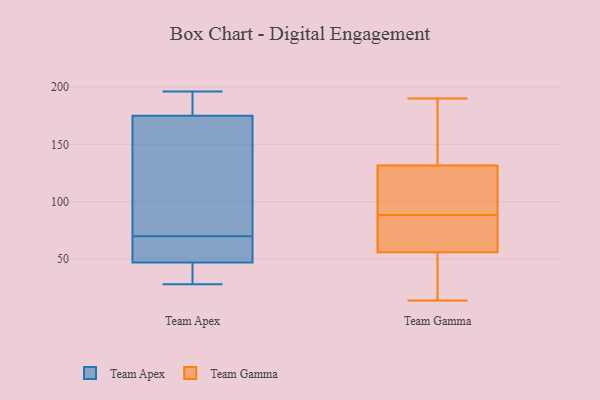
{"axis": {"x": "Website Visitors", "y": "Value"}, "legend": ["Team Apex", "Team Gamma"], "data": [{"x": "", "y": 120, "type": "Team Apex"}, {"x": "", "y": 47, "type": "Team Apex"}, {"x": "", "y": 54, "type": "Team Apex"}, {"x": "", "y": 175, "type": "Team Apex"}, {"x": "", "y": 196, "type": "Team Apex"}, {"x": "", "y": 28, "type": "Team Apex"}, {"x": "", "y": 45, "type": "Team Apex"}, {"x": "", "y": 78, "type": "Team Apex"}, {"x": "", "y": 191, "type": "Team Apex"}, {"x": "", "y": 194, "type": "Team Apex"}, {"x": "", "y": 39, "type": "Team Apex"}, {"x": "", "y": 74, "type": "Team Apex"}, {"x": "", "y": 28, "type": "Team Apex"}, {"x": "", "y": 65, "type": "Team Apex"}, {"x": "", "y": 178, "type": "Team Apex"}, {"x": "", "y": 66, "type": "Team Apex"}, {"x": "", "y": 61, "type": "Team Apex"}, {"x": "", "y": 79, "type": "Team Apex"}, {"x": "", "y": 88, "type": "Team Gamma"}, {"x": "", "y": 141, "type": "Team Gamma"}, {"x": "", "y": 176, "type": "Team Gamma"}, {"x": "", "y": 146, "type": "Team Gamma"}, {"x": "", "y": 122, "type": "Team Gamma"}, {"x": "", "y": 101, "type": "Team Gamma"}, {"x": "", "y": 190, "type": "Team Gamma"}, {"x": "", "y": 82, "type": "Team Gamma"}, {"x": "", "y": 103, "type": "Team Gamma"}, {"x": "", "y": 49, "type": "Team Gamma"}, {"x": "", "y": 63, "type": "Team Gamma"}, {"x": "", "y": 66, "type": "Team Gamma"}, {"x": "", "y": 14, "type": "Team Gamma"}, {"x": "", "y": 89, "type": "Team Gamma"}, {"x": "", "y": 25, "type": "Team Gamma"}, {"x": "", "y": 35, "type": "Team Gamma"}]}